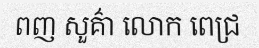
ពញ សួគ៌ា លោក ពេជ្រ